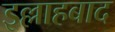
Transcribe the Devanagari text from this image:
इल्लाहबाद